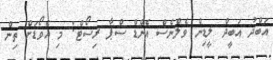
އަބްދު އަބީދް ލީޑިން ވެލްނެސް އެންޑް ސްޕާ ރިސޯޓް: މި އެވޯޑަށް ތިން